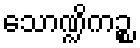
သောဏ္ဍိကဉ္စ